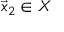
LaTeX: { \vec { x } } _ { 2 } \in X